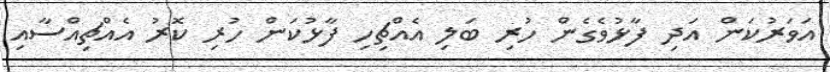
އަވަރުކަން އަދި ފާޅުވެގެން ހުރި ބަލި އެއްޗިހި ފާޅުކަން ހުރި ކޮރު އެއްޗިއްސާއި